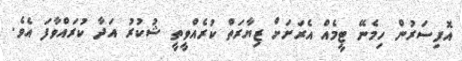
އޮފިސަރުން ހިމެނޭ ޓީމެއް އެރަށަށް ޒިޔާރަތް ކުރެއްވީތީ ޝުކުރު އަދާ ކުރައްވާފަ އެވެ.